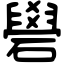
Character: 礐